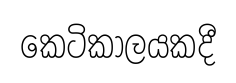
කෙටිකාලයකදී